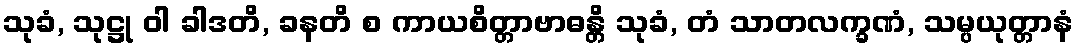
သုခံ, သုဋ္ဌု ဝါ ခါဒတိ, ခနတိ စ ကာယစိတ္တာဗာဓန္တိ သုခံ, တံ သာတလက္ခဏံ, သမ္ပယုတ္တာနံ